Leaving Certificate Examination, 1916
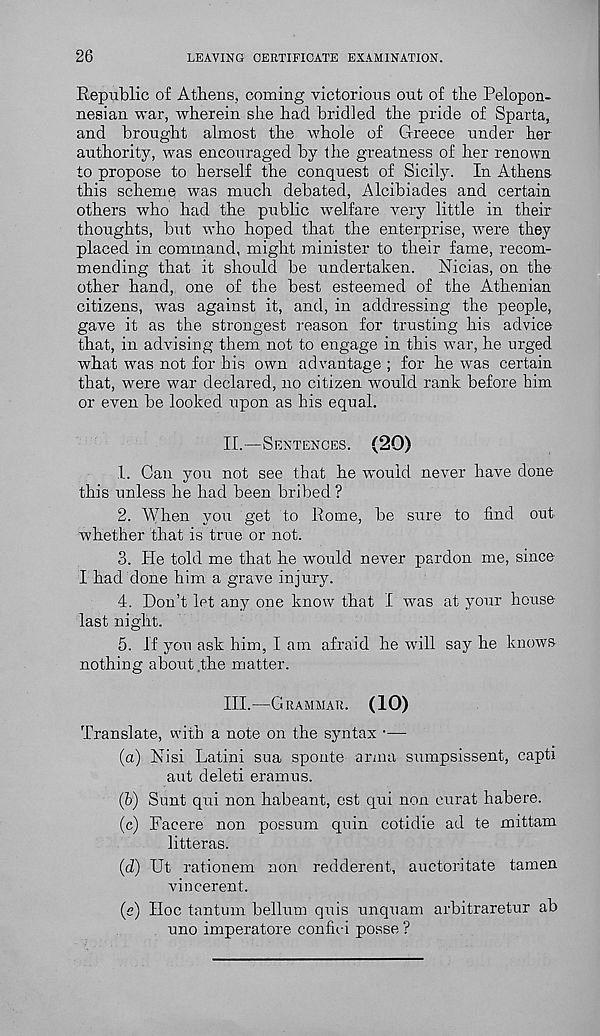
26
LEAVING CERTIFICATE EXAMINATION.
Republic of Athens, coming victorious out of the Pelopon-
nesian war, wherein she had bridled the pride of Sparta,
and brought almost the whole of Greece under her
authority, was encouraged by the greatness of her renown
to propose to herself the conquest of Sicily. In Athens
this scheme was much debated, Alcibiades and certain
others who had the public welfare very little in their
thoughts, but who hoped that the enterprise, were they
placed in command, might minister to their fame, recom-
mending that it should be undertaken. Nicias, on the
other hand, one of the best esteemed of the Athenian
citizens, ivas against it, and, in addressing the people,
gave it as the strongest reason for trusting his advice
that, in advising them not to engage in this war, he urged
what was not for his own advantage ; for he was certain
that, were war declared, no citizen would rank before him
or even be looked upon as his equal.
II.
—
1. Can you not see that he would never have done
this unless he had been bribed ?
2. When you get to Rome, be sure to find out
whether that is true or not.
3. He told me that he would never pardon me, since
I had done him a grave injury.
4. Don’t let any one know that I was at your house
last night.
5. if you ask him, I am afraid he will say he knows
nothing about the matter.
III.
—
Translate, with a note on the syntax •—
(a) Nisi Latini sua sponte anna sumpsissent, capti
aut deleti eramus.
(b) Sunt qui non habeant, est qui non curat habere.
(c) Facere non possum quin cotidie ad te mittam
litteras.
(d) Ut rationem non redderent, auctoritate tamen
vincerent.
(c) Hoc tantum bellum quis unquam arbitraretur ab
uno imperatore confici posse ?